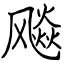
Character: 飚